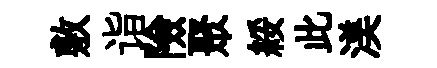
敷诣險聚綏此渼